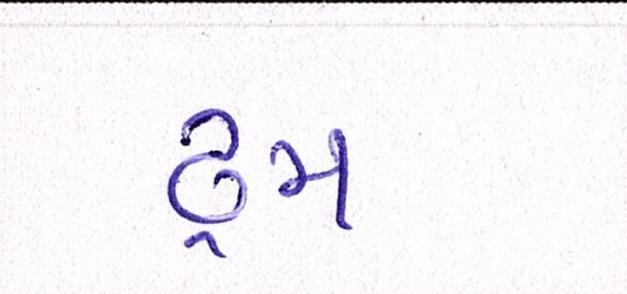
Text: ડ્રમ